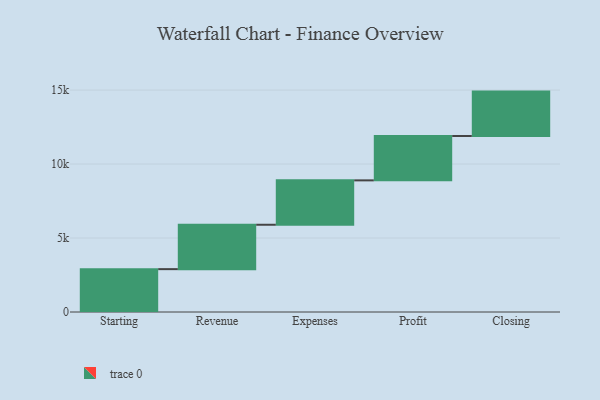
{"axis": {"x": "Step", "y": "Value"}, "legend": [""], "data": [{"x": "Starting", "y": 2897.0, "type": ""}, {"x": "Revenue", "y": 3000, "type": ""}, {"x": "Expenses", "y": 3000, "type": ""}, {"x": "Profit", "y": 3000, "type": ""}, {"x": "Closing", "y": 3000, "type": ""}]}